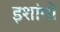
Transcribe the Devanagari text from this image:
इशांगो